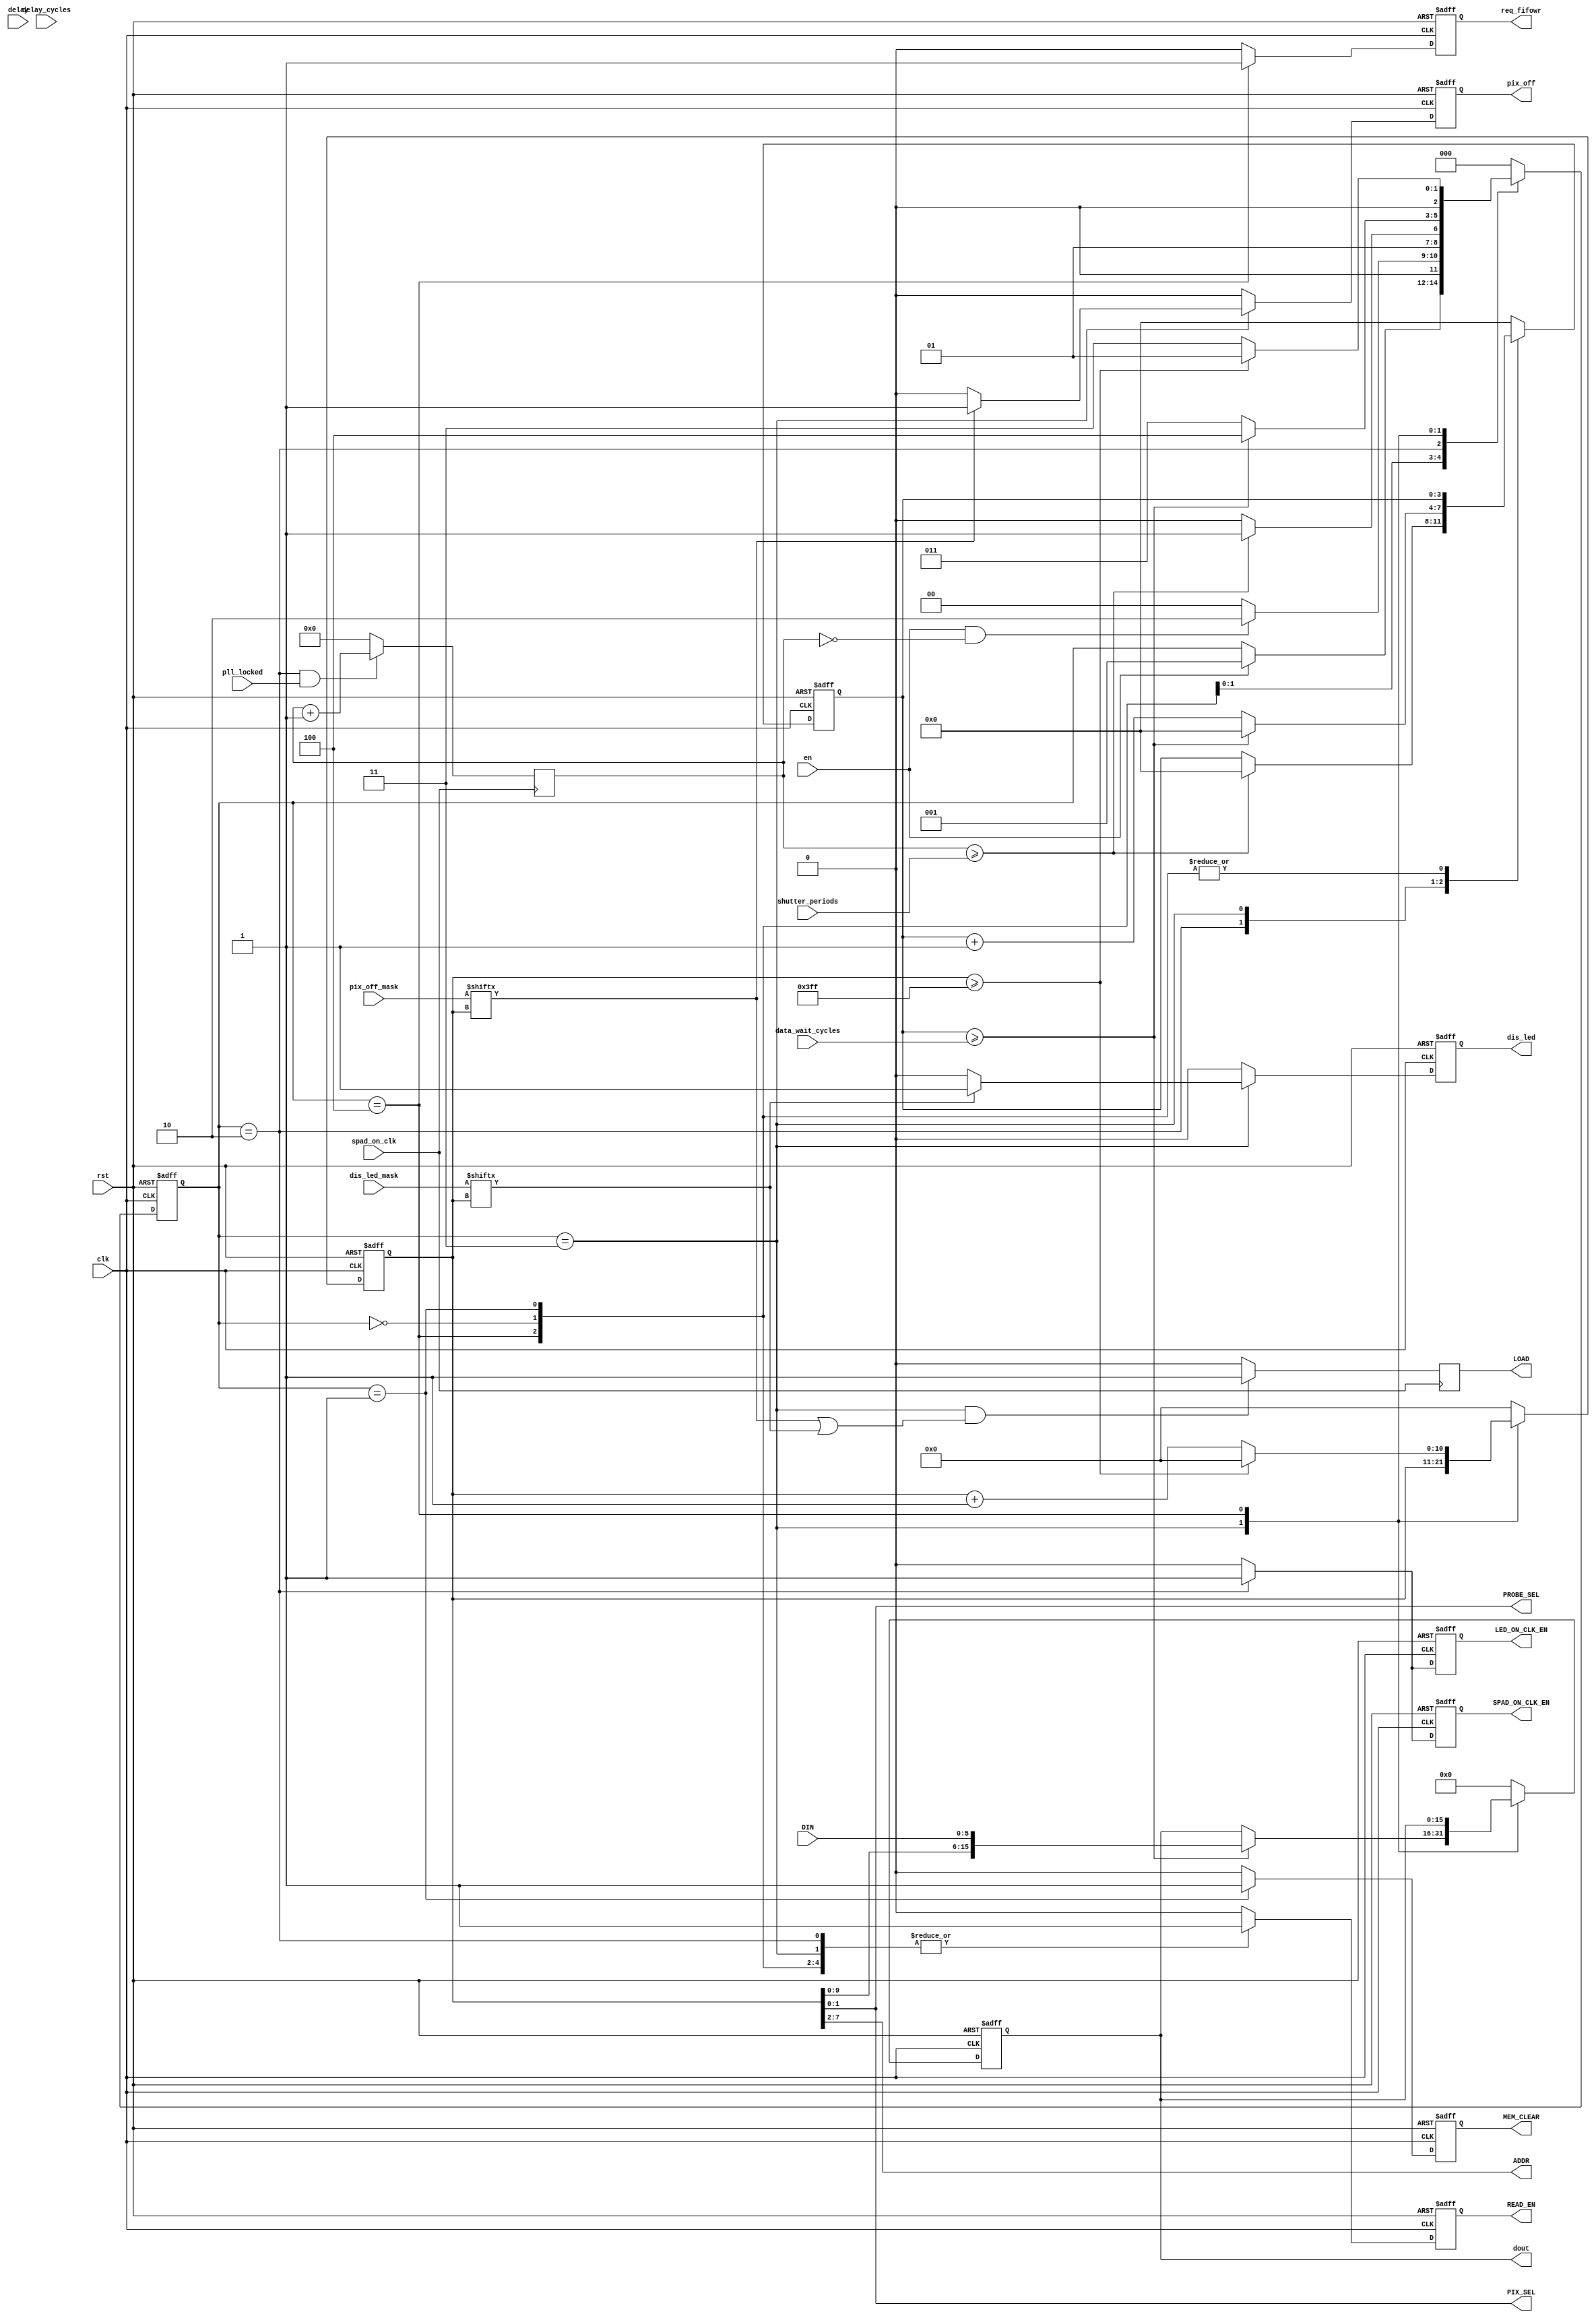
`timescale 1ns / 1ps
//////////////////////////////////////////////////////////////////////////////////
// Company: Columbia U
// 
// Design Name: 
// Module Name:    FSM_v6
// Project Name: 
// Target Devices: 
// Tool versions: 
// Description: 
//
// Dependencies: 
//
// Revision:
// Revision:
//		v1 - [adriaan] Empty box with correct in and outputs
//		v2 - [jaebin] State machine first attempt
//		v3 - [adriaan] Fixed errors, verified and made synthesizable. Moved the counter to toplevel.
//		v4 - [adriaan] added the hot pixel masking, and the LOAD signal
//		v5 - [adriaan] made the data_wait counter programmable
//		v6 - [adriaan] added extra data bit for Nov2018 tapeout
//							added dis_led and LED_ON_CLK_EN					
// Additional Comments: 
//
//////////////////////////////////////////////////////////////////////////////////


module FSM_v6_quad(
	//to IC
	pix_off, 			//1b
	dis_led, 			//1b
	PROBE_SEL, 			//1b
	ADDR, 				//6b
	PIX_SEL, 			//2b
	MEM_CLEAR,			//global IC reset
	READ_EN,				//request to IC to update data
	SPAD_ON_CLK_EN,	//enable the laser synchronous delayed photon gathering time
	LED_ON_CLK_EN,		//enable the laser synchronous led emission time gate
	DIN,					//data from IC 
	LOAD,					//enable for the pix_off and dis_led
	
	//from FPGA
	pix_off_mask,	//1024 bit hot pixel mask
	dis_led_mask,	//1024 bit defective LED mask
	spad_on_clk,	//20MHz from PLL
	pll_locked,		//locked signal, dont count the
	shutter_periods,	//number of laser_clk windows to gather photons
	delay,			//--not implemented--
	delay_cycles,	//--not implemented--
	data_wait_cycles, //
	en,				//fsm enable
	clk,				//80 MHz clock, resolves to Tclk/2 pixel readout speed
	rst,				//reset
	dout,				//16bit output to fifo, [9 address bits][00][5-bit data] 
	req_fifowr		//fifo write enable
);

//output
output wire [1:0] PROBE_SEL;
output wire [5:0] ADDR;
output wire [1:0] PIX_SEL;

output reg [15:0] dout;
output reg req_fifowr;
output reg READ_EN;
output reg MEM_CLEAR;
output reg pix_off;
output reg dis_led;
output reg SPAD_ON_CLK_EN; 
output reg LED_ON_CLK_EN; 
output reg LOAD;

//input
input wire [1023:0] pix_off_mask;
input wire [1023:0] dis_led_mask;
input wire [5:0] DIN;
input wire en;
input wire clk;
input wire rst;
input wire delay;
input wire [31:0] shutter_periods;
input wire [31:0] delay_cycles;
input wire [3:0] data_wait_cycles;
input wire spad_on_clk;
input wire pll_locked;

//states
parameter IDLE = 3'b000;
parameter CLEAR = 3'b001;
parameter RECORD = 3'b010;
parameter READ_PIX = 3'b011;
parameter NEXT_PIX_AND_FIFO = 3'b100;

//internals
reg [31:0] windows_cnt;
reg [10:0] readfromADDR;
reg [15:0] dout_flipped;

//state internal
reg [2:0] state;
reg [3:0] dataInCounter;

//concurrent logic
assign PROBE_SEL = readfromADDR[9:0];
assign ADDR = readfromADDR[7:2];
assign PIX_SEL = readfromADDR[1:0];

//sequential logic
always @(posedge clk or posedge rst) begin
	if(rst) begin
		//outputs
		dout <= 16'b0;
		req_fifowr	<= 1'b0;
		READ_EN		<= 1'b0;
		pix_off		<= 1'b0;
		dis_led <= 1'b0;
		SPAD_ON_CLK_EN <= 1'b0;
		LED_ON_CLK_EN <= 1'b0;
		MEM_CLEAR 	<= 1'b0;
		//internals
		readfromADDR <= 11'b0;
		//state
		state <= IDLE;
		dataInCounter <= 4'b0;
	end
	
	else begin
	
		case(state)
			IDLE: begin
				dout <= 16'b0;
				req_fifowr <= 1'b0;
				pix_off		<= 1'b0;
				dis_led <= 1'b0;
				READ_EN <= 1'b1;
				SPAD_ON_CLK_EN <= 1'b0;
				LED_ON_CLK_EN <= 1'b0;
				MEM_CLEAR <= 1'b0;
				//internals
				readfromADDR	<= 11'b0;
				//state
				if(en) begin
					state <= CLEAR;
				end
			end
		
			CLEAR: begin //clear mem
				pix_off		<= 1'b0;
				dis_led <= 1'b0;
				dout <= 16'b0;
				req_fifowr <= 1'b0;
				READ_EN <= 1'b1; 
				SPAD_ON_CLK_EN <= 1'b0;
				LED_ON_CLK_EN <= 1'b0;
				MEM_CLEAR <= 1'b1;			//assert mem_clear
				//internals
				readfromADDR	<= 11'b0;
				//state
				if(en && (windows_cnt == 0)) begin	
					state <= RECORD;		//start or continue the loop
				end else begin
					state <= IDLE; 		//hop back to idle
				end
			end
			
			RECORD: begin //record for designated windows_cnt and move on. otherwise stay in state.
				pix_off	<= 1'b0;
				dis_led <= 1'b0;
				dout <= 16'b0;
				req_fifowr <= 1'b0;
				READ_EN <= 1'b1;
				SPAD_ON_CLK_EN <= 1'b1; 	//enable the SPAD_ON from PLL to the GPIO
				LED_ON_CLK_EN <= 1'b1; 		//enable the LED_ON from PLL to the GPIO
				MEM_CLEAR <= 1'b0;			//deassert mem_clear
				//internals				
				readfromADDR <= 11'b0;
				
				if((windows_cnt >= shutter_periods)) begin //when # of windows is reached
					state <= READ_PIX;
					dataInCounter <= 4'b0;
				end else begin
					state <= RECORD;
				end
				
			end

			//dout, readfromADDR, are latched so they are not defined in both states
			//16bit output with MSB addresses and LSB values will be read, it has 12.5ns to settle
			//If it requires more than 12.5ns of settling time, we will create a third state
			READ_PIX: begin //send request for data to IC. This is technically a 3-state process (request, sample, send&next)  combined into 2 states
				//outputs
				SPAD_ON_CLK_EN <= 1'b0;
				LED_ON_CLK_EN <= 1'b0;
				MEM_CLEAR <= 1'b0;
				req_fifowr <= 1'b0; 							//data should not be send to fifo
				READ_EN <= 1'b1;								//send read request to the IC	
				
				//internals
				//readfromADDR <= is latched from the previous state
				
				//set pix_off
				if (pix_off_mask[readfromADDR] == 1'b1) begin
					pix_off <= 1'b1;
				end else begin
					pix_off <= 1'b0;
				end
				
				//set dis_led
				if (dis_led_mask[readfromADDR] == 1'b1) begin
					dis_led <= 1'b1;
				end else begin
					dis_led <= 1'b0;
				end
				
				//set wait counter for state change to give it 8x as many clock cylces to read out the data
				if (dataInCounter >= data_wait_cycles) begin
					dout <= {readfromADDR[9:0] , DIN}; //Even though readfromADDR is 11 bits instantiated for compatibility, only 10 are functional
					state <= NEXT_PIX_AND_FIFO;
					dataInCounter <= 4'b0;
				end else begin
					dataInCounter <= dataInCounter + 1'b1;
					state <= READ_PIX;
				end
				
			end
			
			NEXT_PIX_AND_FIFO: begin //send data to FIFO, loop to new address
				//outputs
				pix_off		<= 1'b0;
				dis_led <= 1'b0;
				SPAD_ON_CLK_EN <= 1'b0;
				LED_ON_CLK_EN <= 1'b0;
				MEM_CLEAR <= 1'b0;
				READ_EN <= 1'b1;
				//dout <= is latched from the previous state
				req_fifowr <= 1'b1; 	//send it bro!!
				
				//internals

				//state
				if(readfromADDR >= 11'd1023) begin //when the final address is surpassed. The READ_PIX state needs still be reached for pixel 511
					state <= CLEAR;
					readfromADDR <= 11'b0;
				end else begin
					state <= READ_PIX;
					readfromADDR <= readfromADDR + 1'b1; //send new address to the IC to settle for new data request
				end
			end
						
						
			default: begin //same behaviour as reset clause
				//outputs
				dout <= 16'b0;
				req_fifowr	<= 1'b0;
				pix_off		<= 1'b0;
				dis_led 		<= 1'b0;
				READ_EN		<= 1'b0;
				SPAD_ON_CLK_EN <= 1'b0;
				LED_ON_CLK_EN <= 1'b0;
				MEM_CLEAR 	<= 1'b0;
				//internals
				readfromADDR <= 11'b0;
				//state
				state <= IDLE;
				dataInCounter <= 4'b0;		
			end
			
		endcase
	end
end

//counter for the number of windows that have been
//because SPAD_ON_CLK and LED_ON_CLK are synchronous, we just count on SPAD_ON_CLK
always @(negedge spad_on_clk) begin
	if ((state == RECORD) && (pll_locked == 1'b1)) begin
		windows_cnt <= windows_cnt + 1;
	end else begin
		windows_cnt <= 32'b0;
	end
	
	if ((state == READ_PIX) && ((pix_off_mask[readfromADDR] == 1'b1) || (dis_led_mask[readfromADDR] == 1'b1))) begin
		LOAD <= 1'b1;
	end else begin
		LOAD <= 1'b0;
	end
end

endmodule